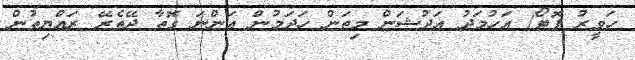
ހަވީރު ފޮޓޯ/ އަހުމަދު އަދުޝަން މިތަން ހަދަމުން އަންނަ ގޮތާ ދޭތެރޭ ރައްޔިތުން